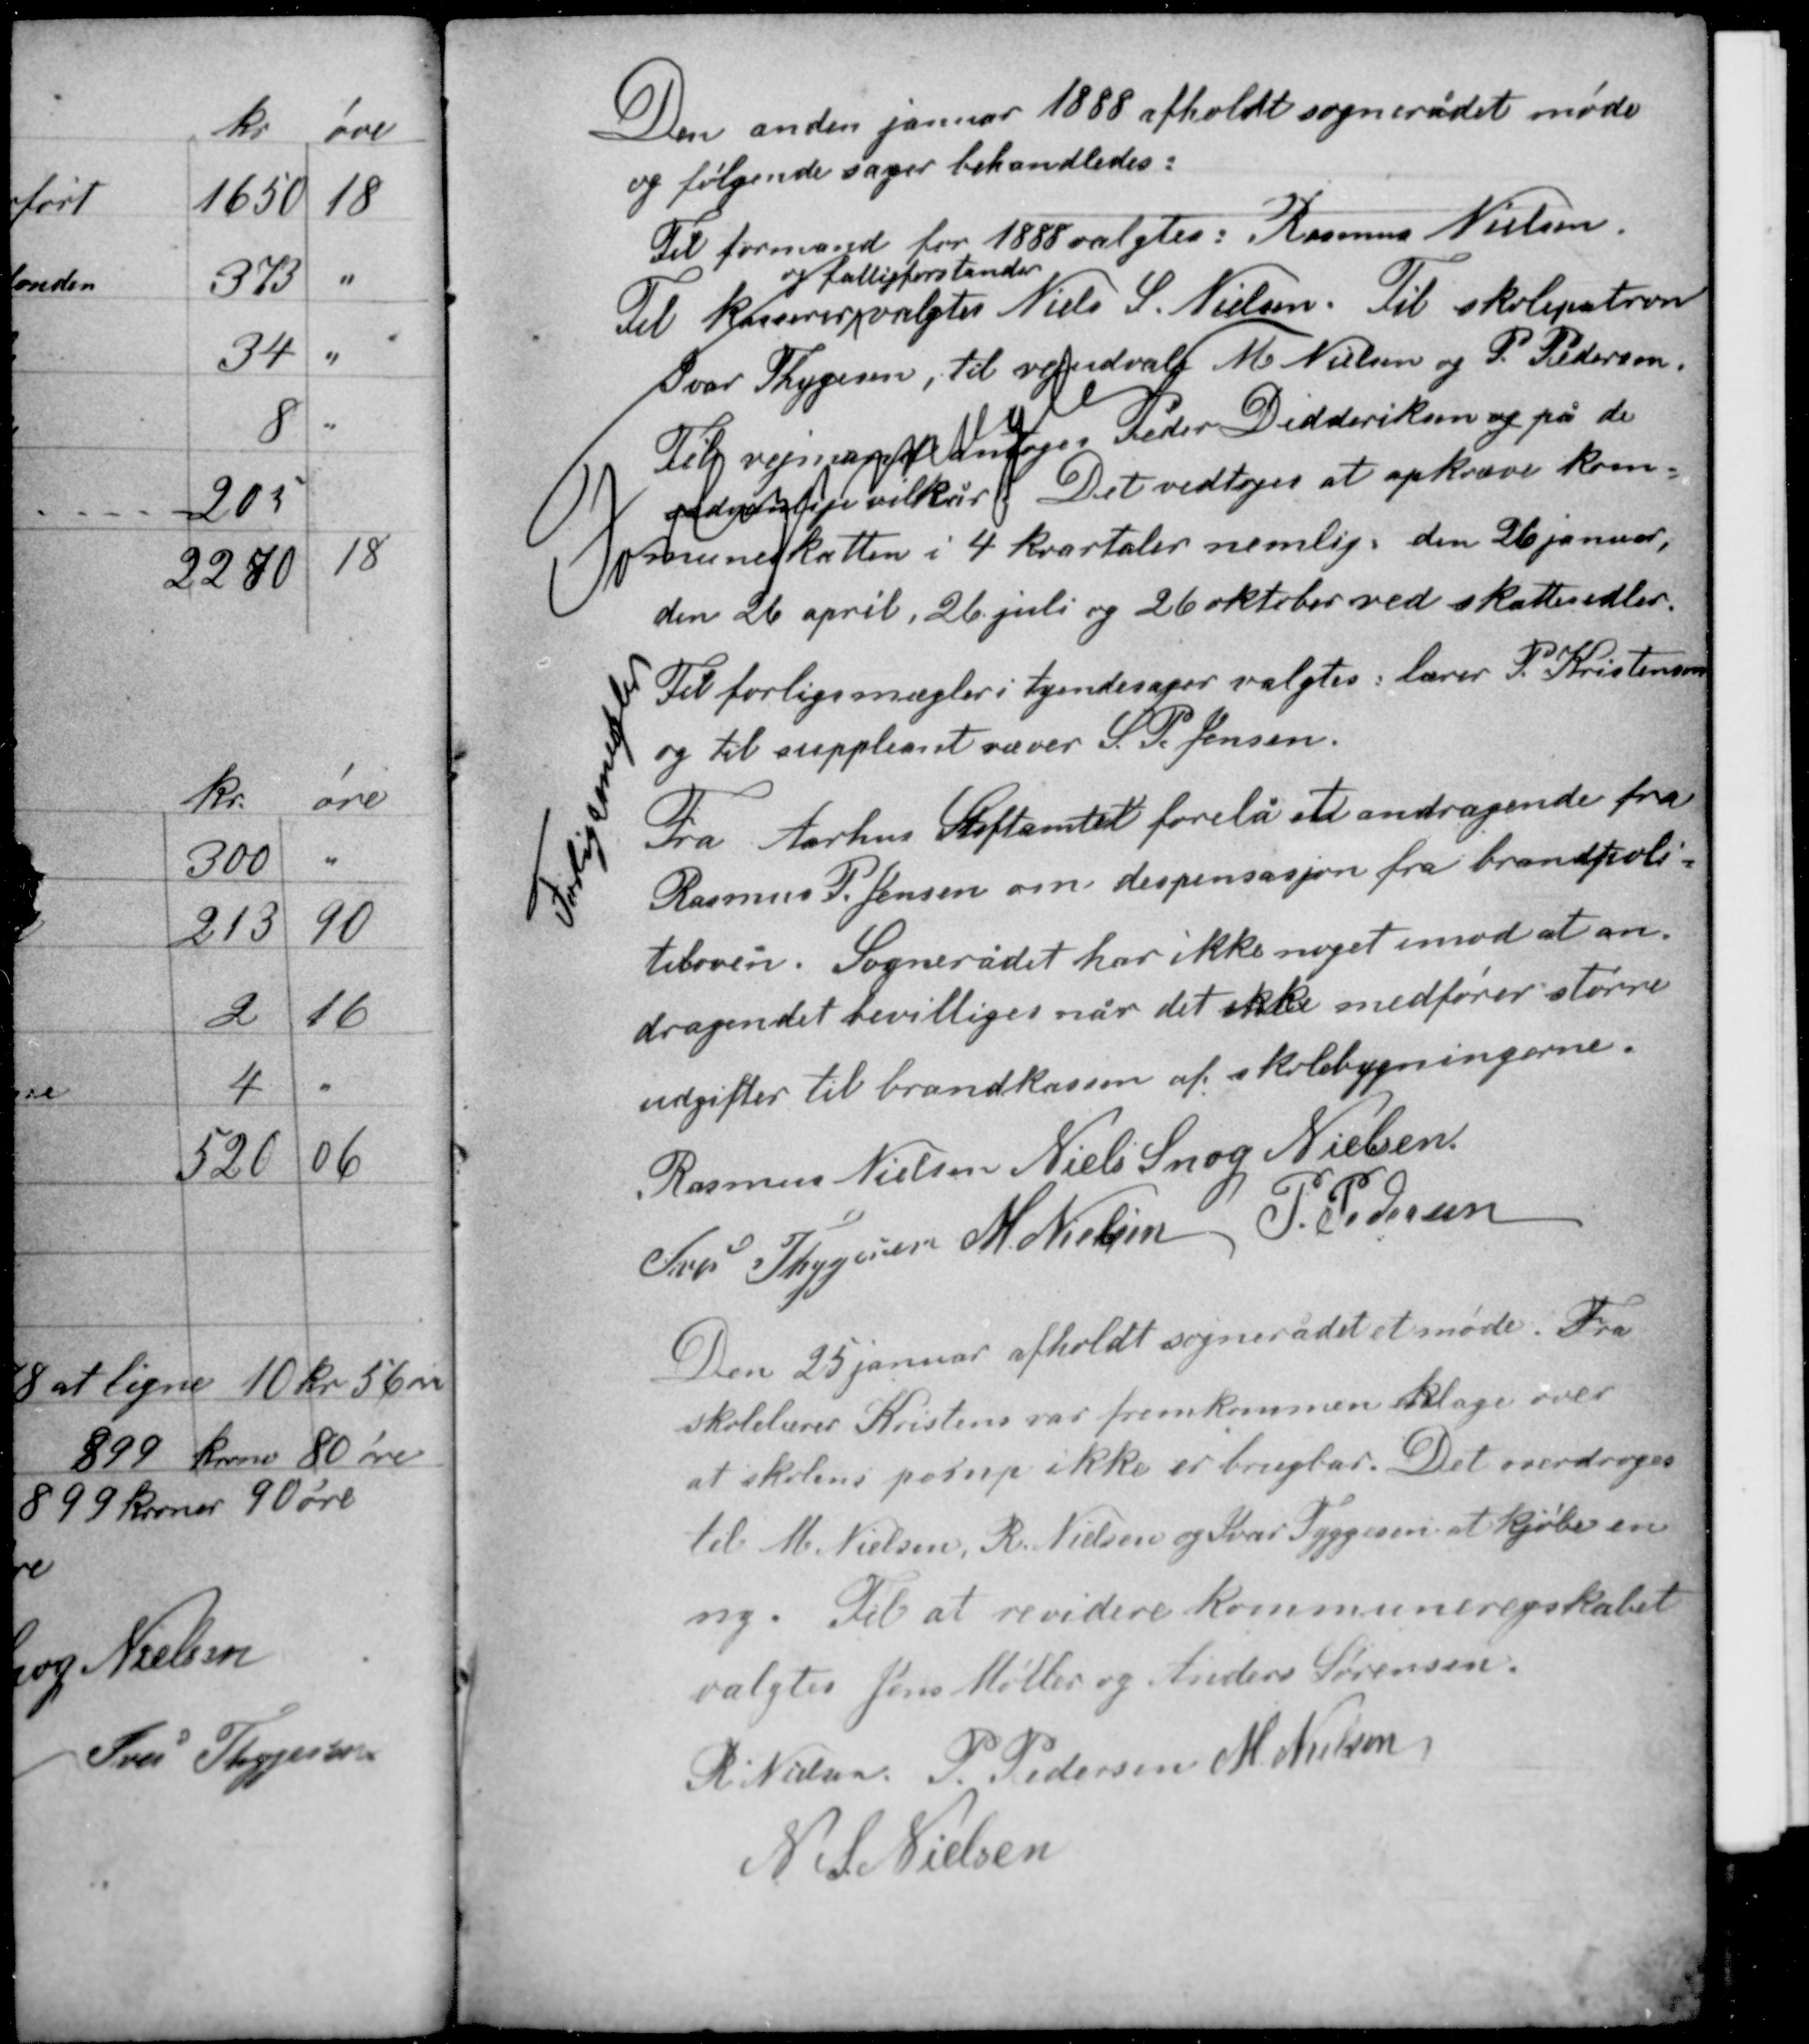
Transskription:
Den anden januar 1888 afholdt sognerådet møde
og følgende sager behandledes:

Til formand for 1888 valgtes: Rasmus Nielsen
og fattigforstander
Til kasserer valgtes Niels S. Nielsen. Til skolepatron
Ivar Thygesen, til vejudvalg M. Nielsen og P. Pedersen.

Til vejmand antoges Peder Didderiksen og på de
sædvanlige vilkår. Det vedtoges at opkræve kom-
muneskatten i 4 kvartaler nemlig: den 26 januar,
den 26 april, 26 juli og 26 oktober ved skattesedler.
Til forligsmægler i tyendesager valgtes: lærer P. Kristensen
og til suppleant væver S. P. Jensen.

Fra Aarhus Stiftamt forelå et andragende fra
Rasmus P. Jensen om despensasjon fra brandpoli-
tiloven. Sognerådet har ikke noget imod at an-
dragendet bevilliges når det ikke medfører større
udgifter til brandkassen af skolebygningerne.

Rasmus Nielsen Niels Snog Nielsen
Iver Thygesen M. Nielsen P. Pedersen

Den 25 januar afholdt sognerådet et møde. Fra
skolelærer Kristens var fremkommen klage over
at skolens pumpe ikke er brugbar. Det overdroges
til M. Nielsen, R. Nielsen og Iver Tyggesen at kjøbe en
ny. Til at revidere kommuneregskabet
valgtes Jens Møller og Anders Sørensen

R. Nielsen P. Pedersen M. Nielsen
N. S. Nielsen